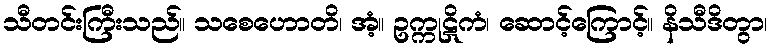
သီတင်းကြီးသည်။ သစေဟောတိ၊ အံ့။ ဥက္ကုဋိကံ၊ ဆောင့်ကြောင့်။ နိသီဒိတွာ၊